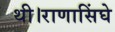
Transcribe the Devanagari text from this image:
थी।राणासिंघे